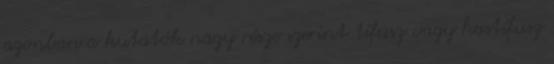
azonban a kutatók nagy része szerint tífusz vagy hastífusz